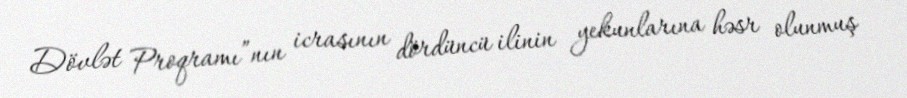
Dövlət Proqramı”nın icrasının dördüncü ilinin yekunlarına həsr olunmuş